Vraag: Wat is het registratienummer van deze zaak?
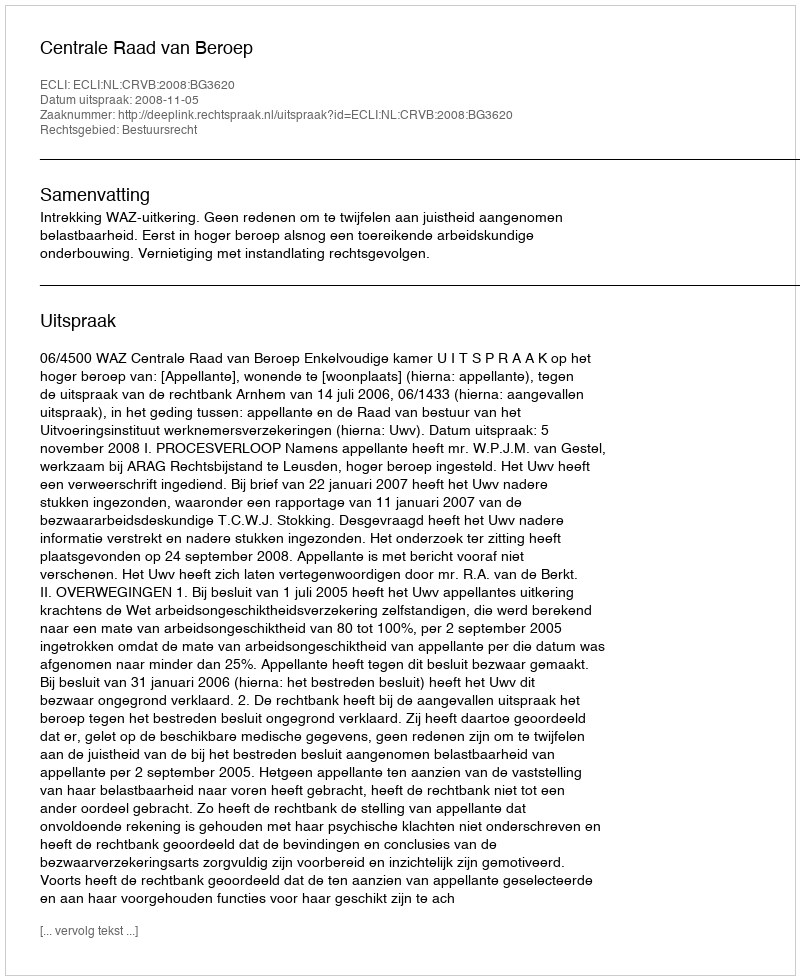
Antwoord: http://deeplink.rechtspraak.nl/uitspraak?id=ECLI:NL:CRVB:2008:BG3620